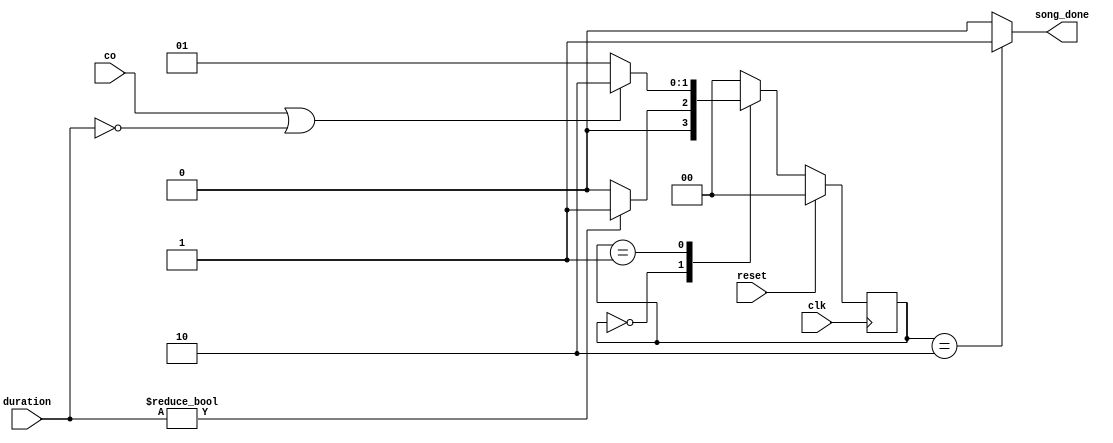
module ending_judge(
	duration,
	co,
	clk,
	song_done,
	reset,
	);
	input [5:0] duration;
	input co;
	input reset;
	input clk;
	output reg song_done;
	
	parameter RST = 0;
	parameter PLAY = 1;     //
	parameter ENDING = 2;   //
	reg [1:0] state,nextstate;
	
	//
	always @(posedge clk) begin
		if(reset) state = RST;
		else state = nextstate;
	end

	//
	always @(*) begin
		song_done = 0;
		case (state)
			RST:begin
				if(duration != 0) nextstate = PLAY;
				else nextstate = RST;
			end
			PLAY:begin
				if(co || duration==0)	nextstate = ENDING;
				else nextstate = PLAY;
			end
			ENDING:begin
				nextstate = RST;
				song_done = 1;
			end
			default:nextstate = RST;
		endcase
	end
endmodule